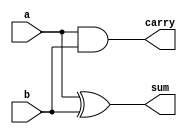
module half_adder (
    //Define output and input
    input a,
    input b,
    output sum,
    output carry
);

    //Manipulate input by utilizing XOR and AND operators.
    assign sum = a ^ b;
    assign carry = a & b;
endmodule